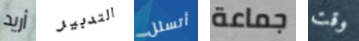
أريد التدبير أتسلل جماعة وقت